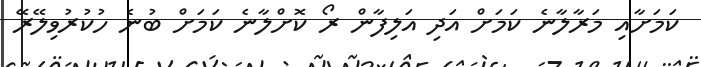
ކަމަށާއި މަރާލާނެ ކަމަށް އަދި އަލިފާން ރޯ ކޮށްލާނެ ކަމަށް ބުނެ ހުކުރުވިލޭރޭ